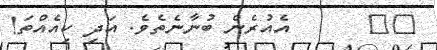
٢٩      އެއުރެން ބުނާނެތެވެ. އަދި ކިއެއްތަ!